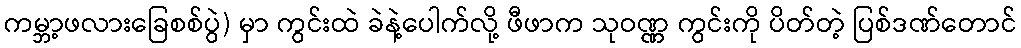
ကမ္ဘာ့ဖလားခြေစစ်ပွဲ) မှာ ကွင်းထဲ ခဲနဲ့ပေါက်လို့ ဖီဖာက သုဝဏ္ဏ ကွင်းကို ပိတ်တဲ့ ပြစ်ဒဏ်တောင်